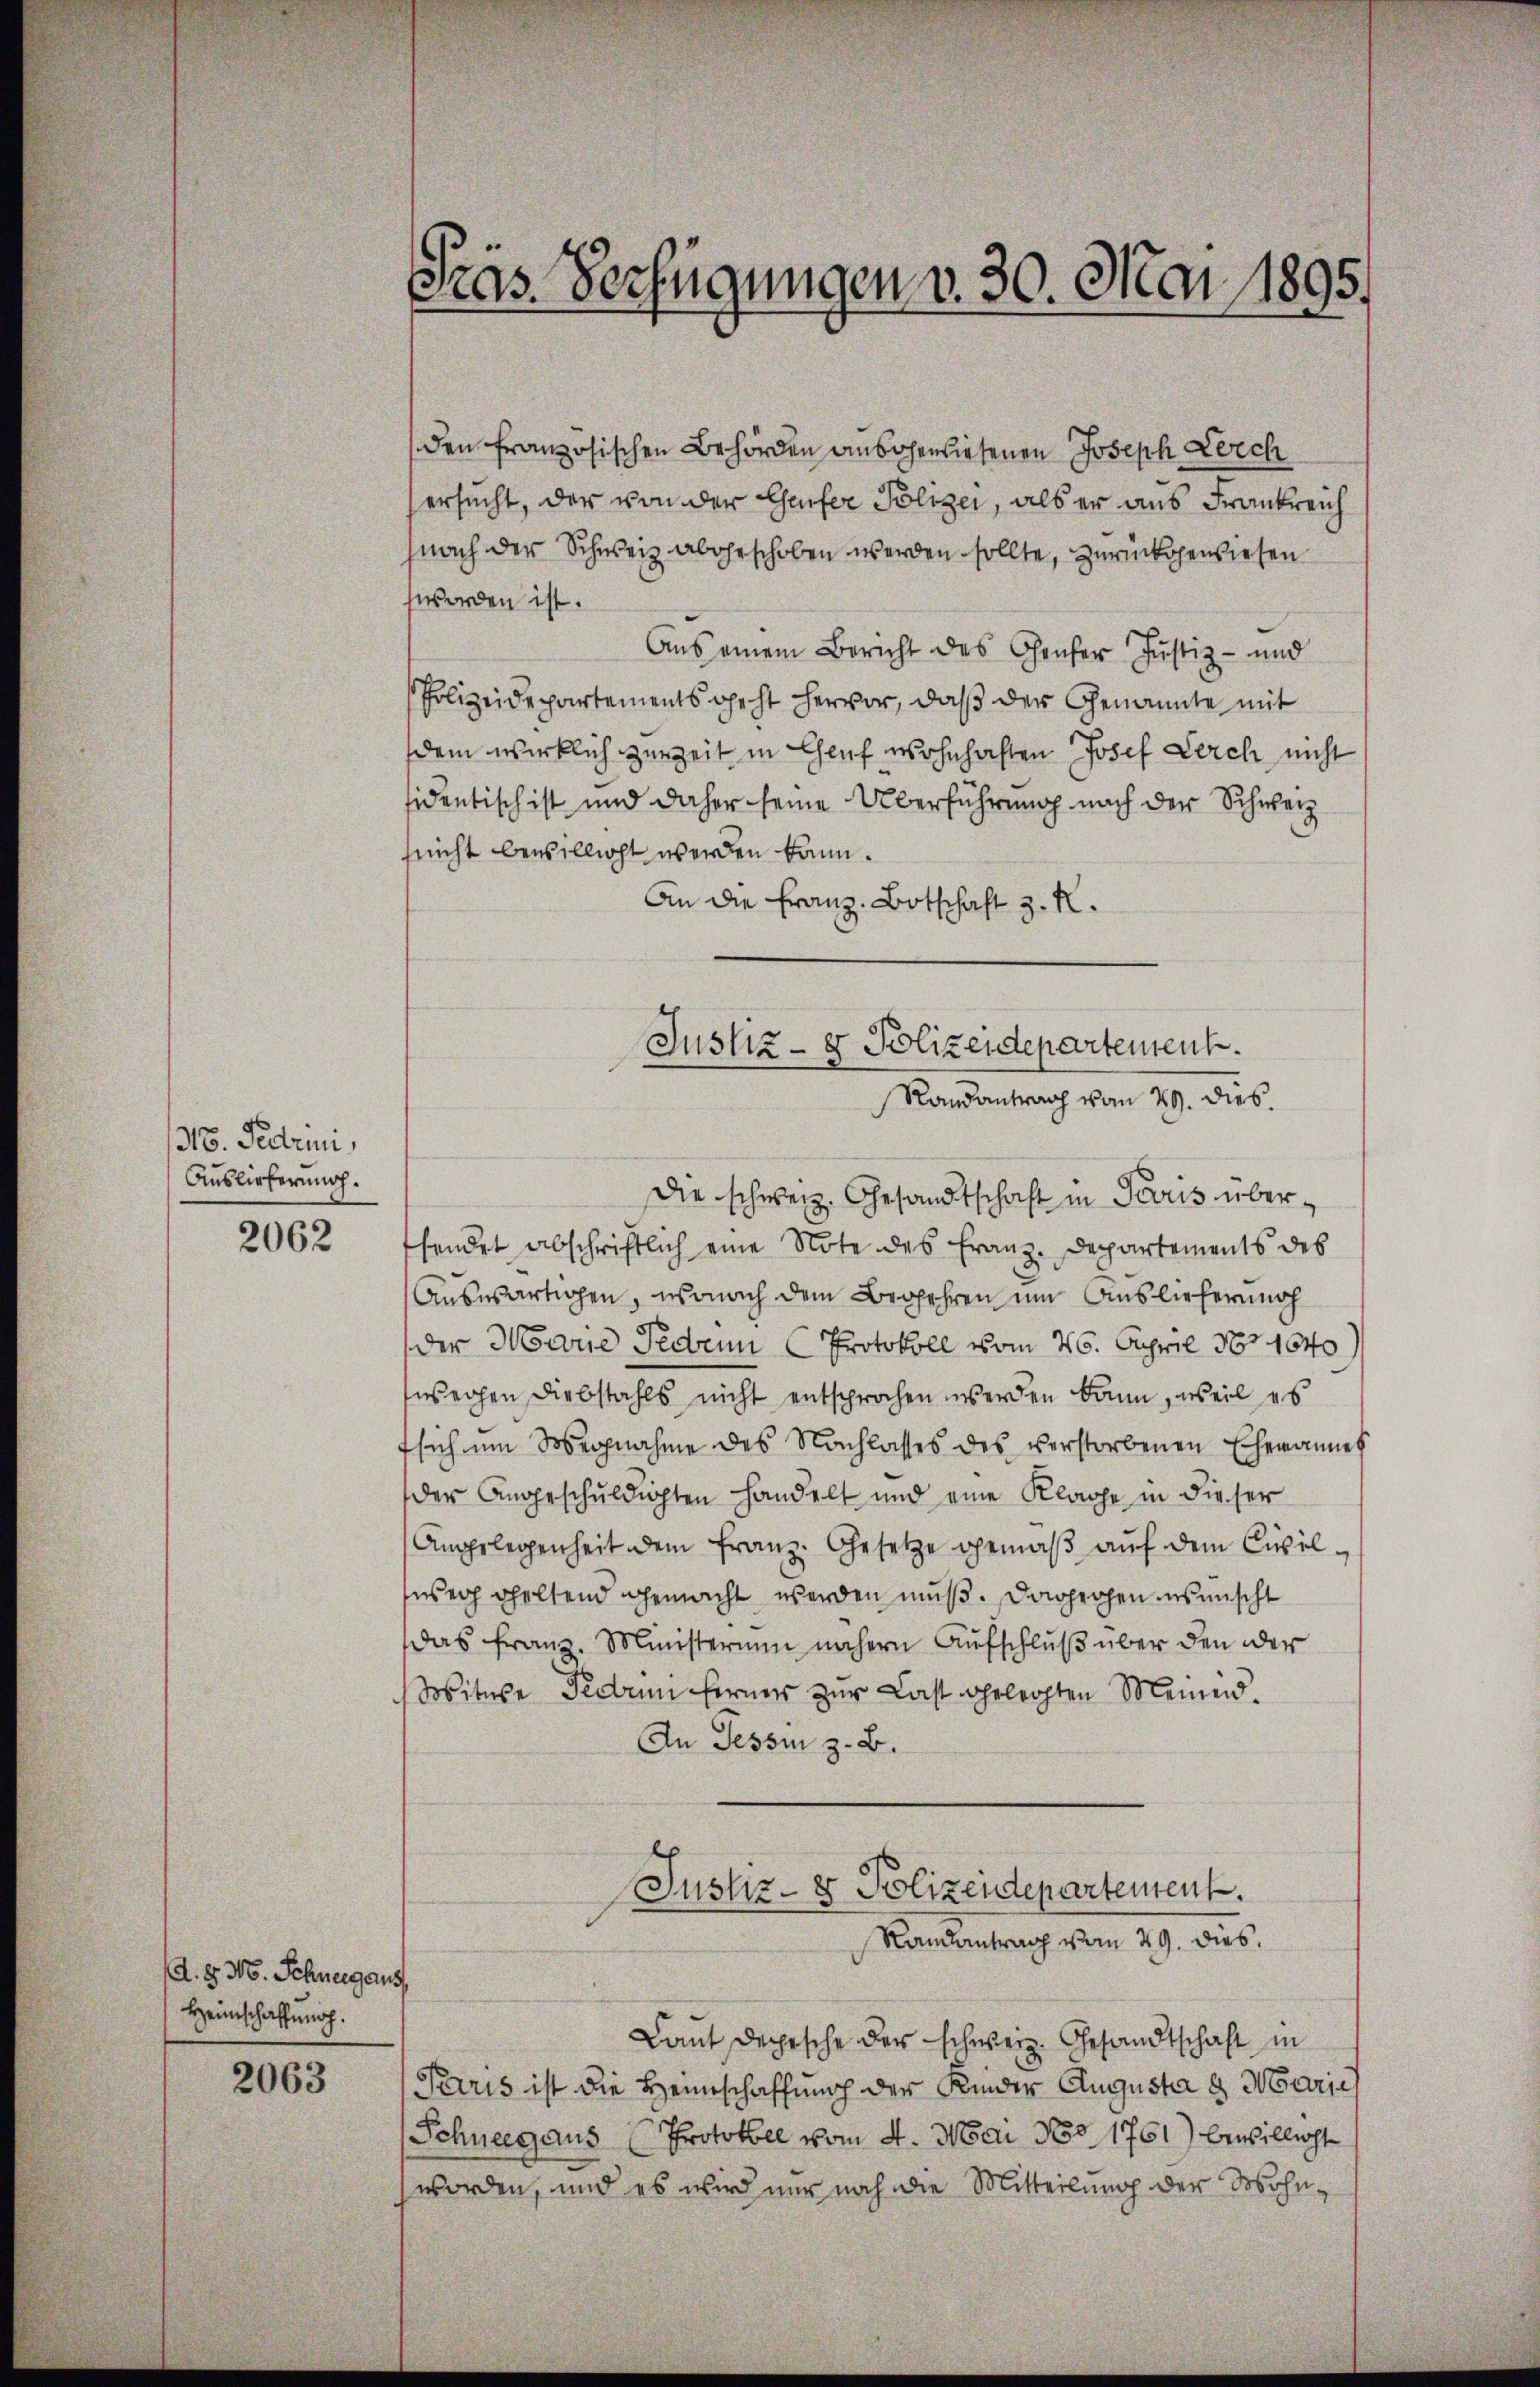
318. Feerini,
Auslieferung.

2062

A. d. M. Schweig aus
Heimschaffung.

2063

den Französischen Behörden ansoenliesenen Joseph Lerch
ersucht, der von der Geifer Polizei, als er aus Frankreich
nach der Schweiz abgeschoben werden sollte, zurückgewiesen
worden ist.
Aus einem Bericht des Confer Justiz- und
Polizeidepartements geht hervor, daß der Genannte mit
dem wirklich zur Zeit in Chauf wohnhaften Josef Lerch nicht
sidentisch ist und daher seine Überführung nach der Schweiz
(nicht bewilligt werden kann.
An die Franz Botschaft z. K.

Präs. Verfügungen v. 30. Mai 1895.

Justiz- & Polizeidepartentenk.
Randantrag vom 29. dies

Die schweiz. Gesandtschaft in Paris übersendet abschriftlich eine Note des Franz-Departements des
Auswärtigen, wonach dem Begehren um Auslieferung
der Marie Pedrun (Protokoll vom 26. April 1851640
wegen Diebstahls nicht entsprochen werden kann, weil es
tsich um Wegnahme des Nachlasses des verstorbenen Ehemannes
der Angeschuldigten handelt und eine Klage in dieser
Angelegenheit dem Franz. Gesetze gemäβ aŭf dem Civil-
fweg geltend gemacht werden muß. Dagegen ins mischt
das Franz. Ministerium nähern Aufschluß über den der
Witwe Federini ferner zur Last gelegten Meinend.
An Tessin z. B.

Justiz- & Polizeidepartement
Randantrag vom 29. dies

Laut dechische der schweiz. Gesandtschaft in
Perris ist die Heimschaffunch der Kinder Augusta a Maria
Schneegaus (Protokoll vom 4. Mai No 1761) bewilligte
worden, und es wird nur noch die Mitteilung der Wohn¬